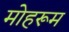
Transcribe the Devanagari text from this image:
मोहरूम